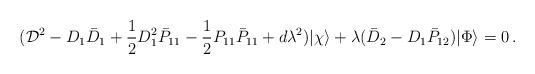
LaTeX: \begin{align*}({\cal D}^2-D_1\bar{D}_1+\frac{1}{2}D_1^2\bar{P}_{11}-\frac{1}{2}P_{11}\bar{P}_{11} + d\lambda^2)|\chi\rangle+\lambda(\bar{D}_2-D_1\bar{P}_{12})|\Phi\rangle=0\,.\end{align*}